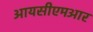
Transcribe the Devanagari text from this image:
आयसीएमआर